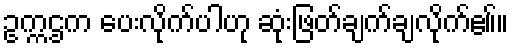
ဥက္ကဌက ပေးလိုက်ပါဟု ဆုံးဖြတ်ချက်ချလိုက်ဧ။်။